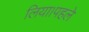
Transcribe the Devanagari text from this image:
लिया।पहले